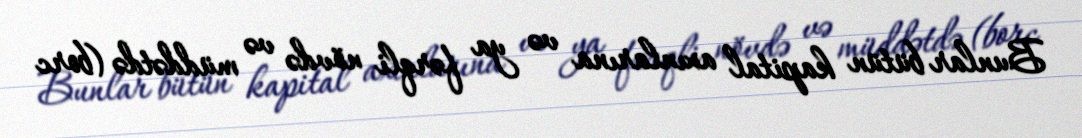
Bunlar bütün kapital axınlarına və ya fərqli növdə və müddətdə (borc